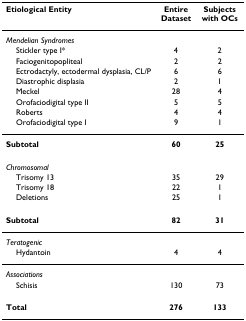
<table><thead><tr><td><b>Etiological Entity</b></td><td><b>Entire Dataset</b></td><td><b>Subjects with OCs</b></td></tr></thead><tbody><tr><td><i>Mendelian Syndromes</i></td><td></td><td></td></tr><tr><td> Stickler type I*</td><td>4</td><td>2</td></tr><tr><td> Faciogenitopopliteal</td><td>2</td><td>2</td></tr><tr><td> Ectrodactyly, ectodermal dysplasia, CL/P</td><td>6</td><td>6</td></tr><tr><td> Diastrophic displasia</td><td>2</td><td>1</td></tr><tr><td> Meckel</td><td>28</td><td>4</td></tr><tr><td> Orofaciodigital type II</td><td>5</td><td>5</td></tr><tr><td> Roberts</td><td>4</td><td>4</td></tr><tr><td> Orofaciodigital type I</td><td>9</td><td>1</td></tr><tr><td><b>Subtotal</b></td><td><b>60</b></td><td><b>25</b></td></tr><tr><td><i>Chromosomal</i></td><td></td><td></td></tr><tr><td> Trisomy 13</td><td>35</td><td>29</td></tr><tr><td> Trisomy 18</td><td>22</td><td>1</td></tr><tr><td> Deletions</td><td>25</td><td>1</td></tr><tr><td><b>Subtotal</b></td><td><b>82</b></td><td><b>31</b></td></tr><tr><td><i>Teratogenic</i></td><td></td><td></td></tr><tr><td> Hydantoin</td><td>4</td><td>4</td></tr><tr><td><i>Associations</i></td><td></td><td></td></tr><tr><td> Schisis</td><td>130</td><td>73</td></tr><tr><td><b>Total</b></td><td><b>276</b></td><td><b>133</b></td></tr></tbody></table>